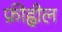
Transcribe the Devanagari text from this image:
फ्रीह्वील